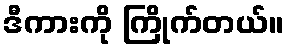
ဒီကားကို ကြိုက်တယ်။